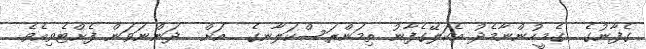
ގެފާނުގެ  ގެމީހުންނާމެދު އެކަލޭގެފާނު ތިމަންރަސްކަލާނގެ  އަށް  ދަންނަވަން ފެށްޓެވިއެވެ.